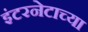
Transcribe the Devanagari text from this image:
इंटरनेटाच्या